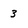
Character: 3